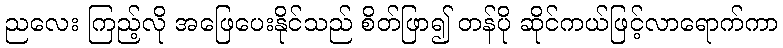
ညလေး ကြည့်လို အဖြေပေးနိုင်သည် စိတ်ဖြာ၍ တန်ပို ဆိုင်ကယ်ဖြင့်လာရောက်ကာ